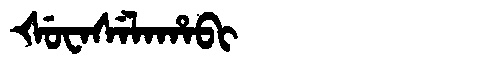
Manchu: ᡧᡠᠸᠠᠰᡝᠯᠠᡥᠠᠪᡳ
Romanization: ŠUWASELAHABI